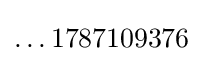
\ldots 1787109376